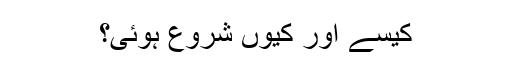
کیسے اور کیوں شروع ہوئی؟